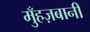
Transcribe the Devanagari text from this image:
मुँहज़बानी